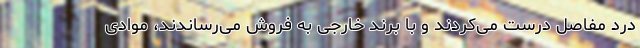
درد مفاصل درست می‌کردند و با برند خارجی به فروش می‌رساندند، موادی